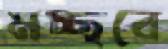
মচ্ছবে